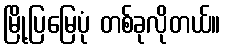
မြို့ပြမြေပုံ တစ်ခုလိုတယ်။